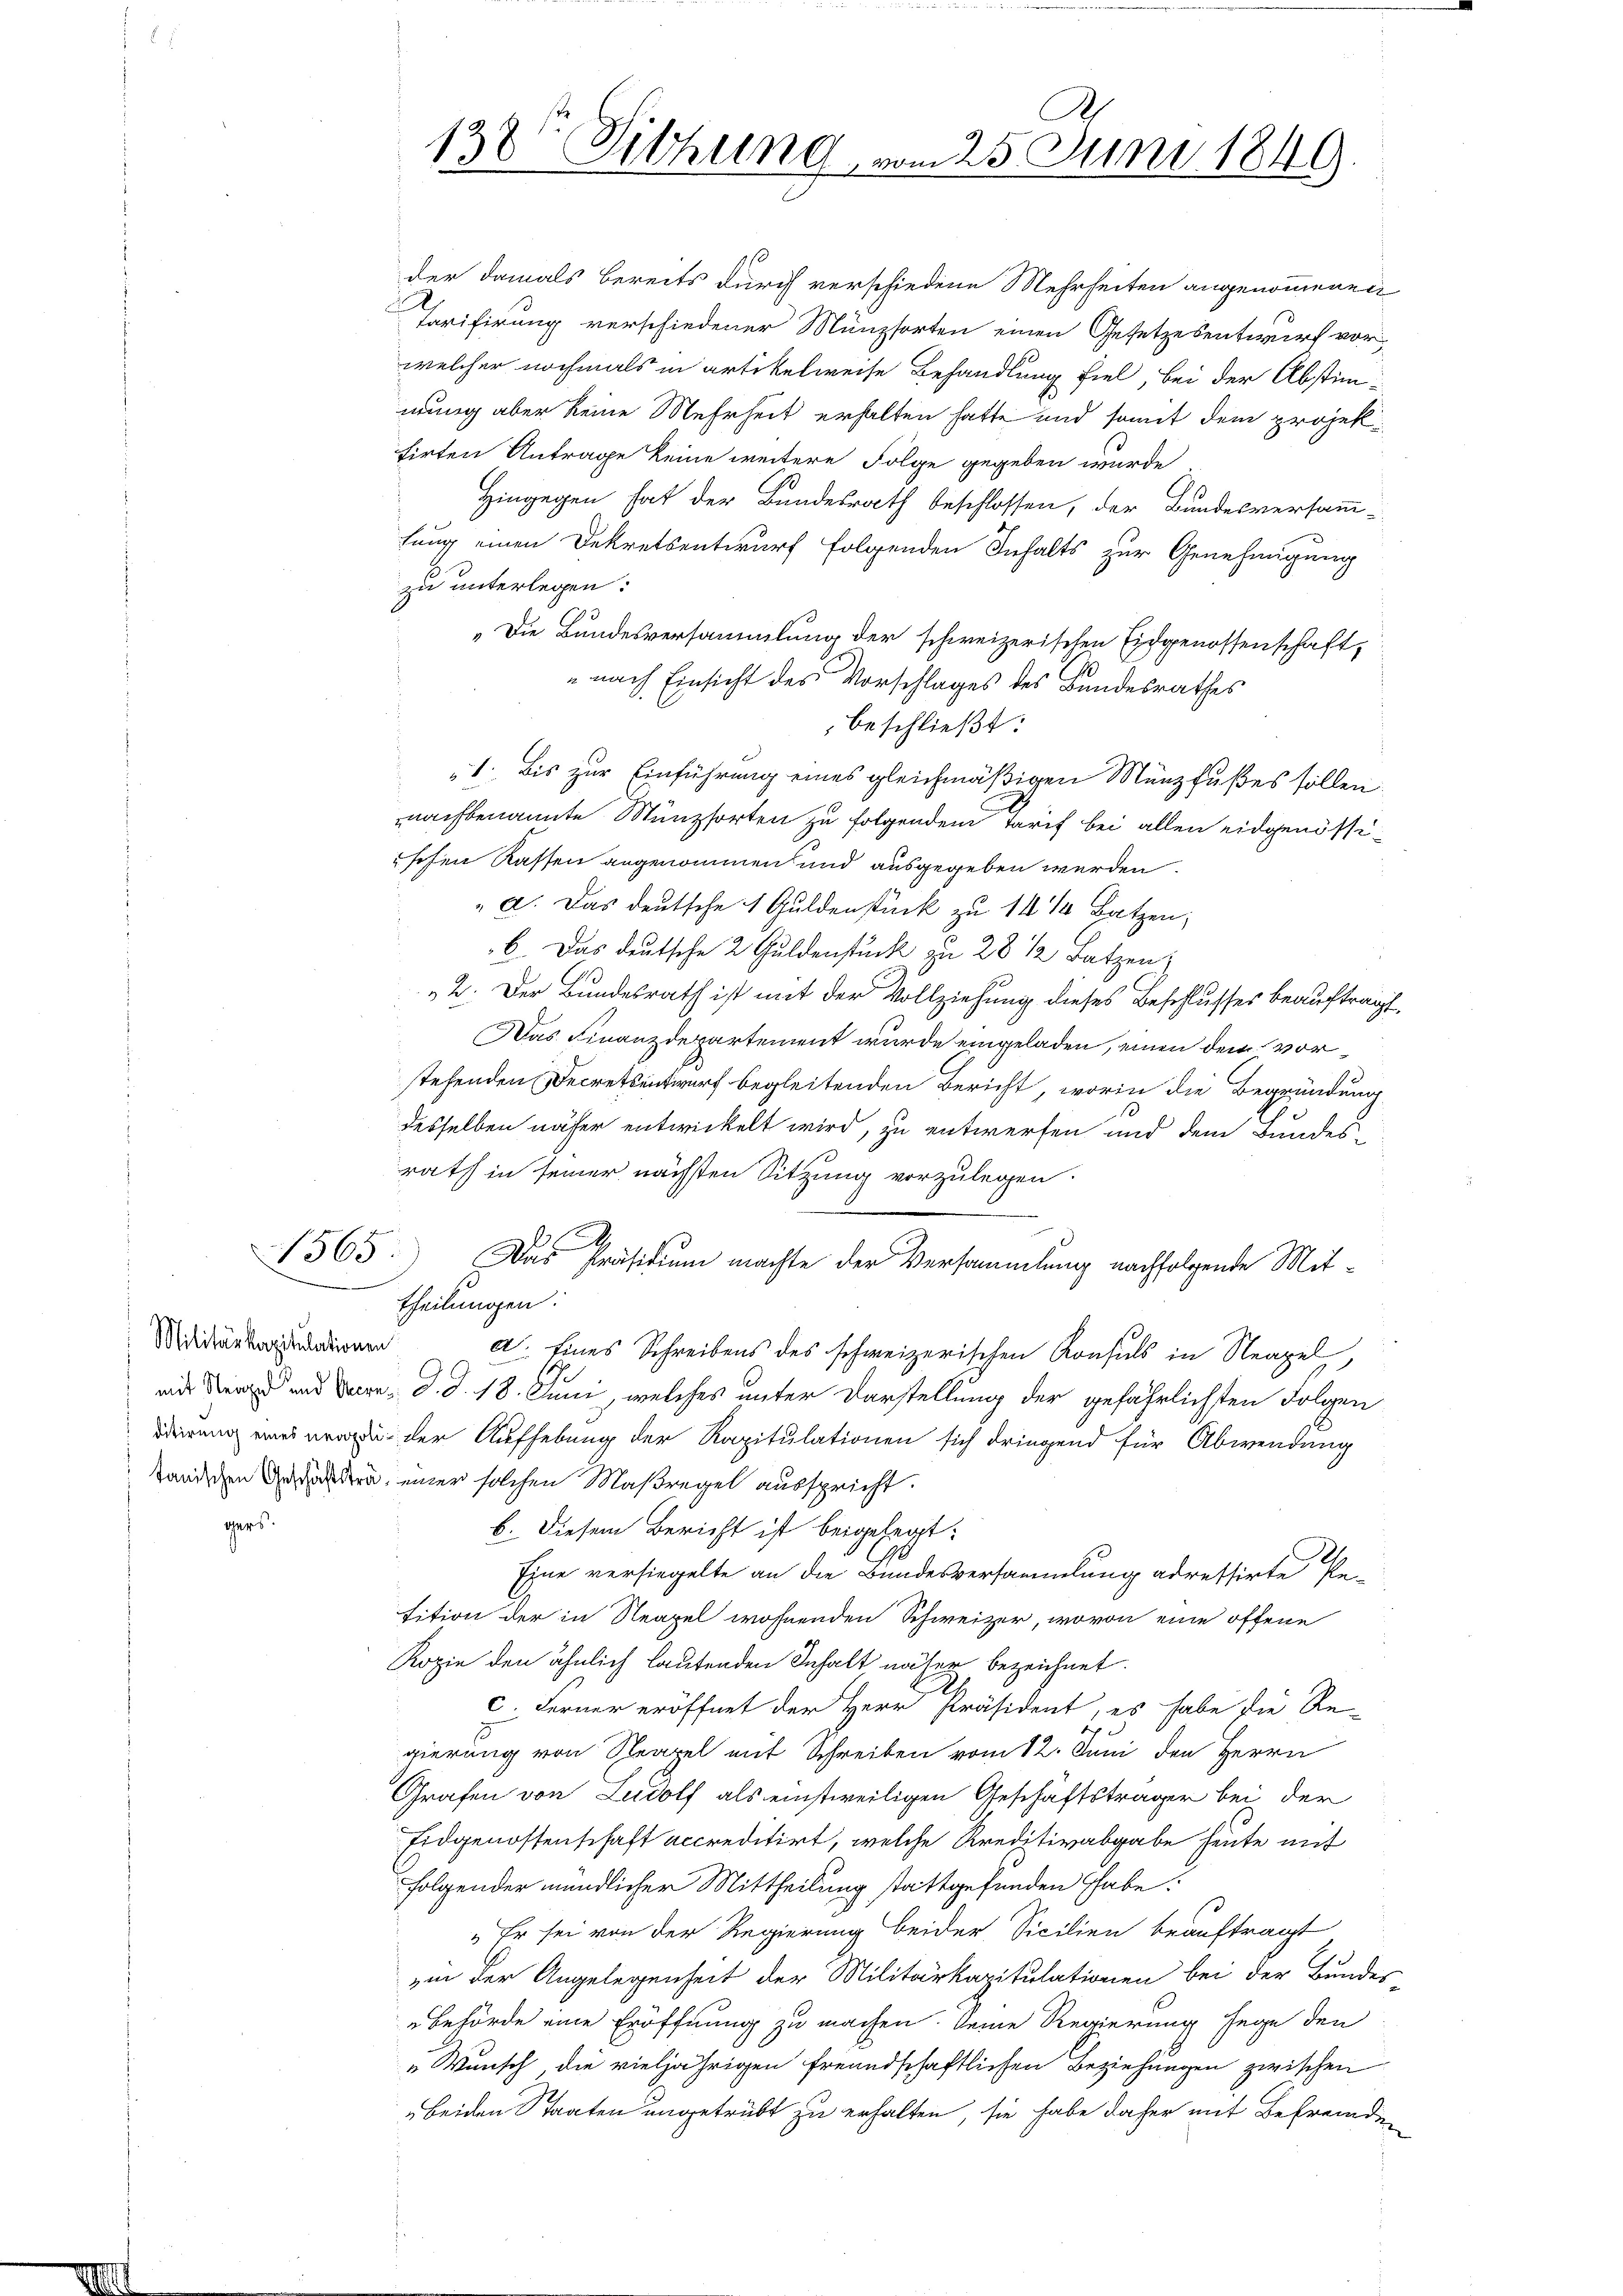
Militärkapitulationen

gers.

1565

A.
138 Sitzung vom 25. Juni 1849

der damals bereits durch verschiedene Mehrheiten angenommenen
Tarifirung verschiedener Münzsorten einen Gesetzesentwurf vor
welcher nochmals in artikelweise Behandlung fiel, bei der Abstimmung aber keine Mehrheit erhalten hatte und somit dem projektirten Antrage keine weitere Folge gegeben wurde,
Hingegen hat der Bundesrath beschlossen, der Bundesversamm-
hung einen Dekretsentwurf folgenden Inhalts zur Genehmigung
zu unterlegen:
„Die Bundesversammlung der schweizerischen Eidgenossenschaft,
nach Einsicht des Vorschlages des Bundesrathes
beschließt:
1. Bis zur Einführung eines gleichmäßigen Münzfußes sollen.
nachbenannte Münzsorten zu folgendem Tarif bei allen eidgenössischen Kassen angenommen und ausgegeben werden.
" a. Das deutsche 1 Guldenstück zu 14 ½ Batzen;
6. Das deutsche 2 Guldenstück zu 28 1/2 Batzen;
2. Der Bundesrath ist mit der Vollziehung dieses Beschlusses beauftragt,
Das Finanzdepartement wurde eingeladen, einen dem vorstehenden Decretsentwurf begleitenden Bericht, worin die Begründung
desselben näher entwickelt wird, zu entwerfen und dem Bundesrath in seiner nächsten Sitzung vorzulegen.
Das Präsidium machte der Versammlung nachfolgende Mittheilungen:
d. Eines Schreibens des schweizerischen Konsuls in Neapel,
eid der und Bern d. d. 18. Juni, welches unter Darstellung der gefährlichsten Folgen
r der Aufhebung der Kapitulationen sich dringend für Abwendung
tändischen Gehalten einer solchen Maßregel ausspricht.
b. Diesem Bericht ist beigelegt:
Eine versiegelte an die Bundesversammlung adressirte Petition der in Neapel wohnenden Schweizer, wovon eine offene
Kopie den ähnlich lautenden Inhalt näher bezeichnet.
2
c. Ferner eröffnet der Herr Präsident, es habe die Re-
gierung von Neapel mit Schreiben vom 12. Juni den Herrn
Grafen von Ludolf als einstweiligen Geschäftsträger bei der
Eidgenossenschaft accreditirt, welche Kreditivabgabe heute mit
folgender mündlicher Mittheilung stattgefunden habe
„Er sei von der Regierung beider Sicilien beauftragt
ein der Angelegenheit der Militärkapitulationen bei der Bundes
Behörde eine Eröffnung zu machen. Seine Regierung hege den
„Wunsch die vieljährigen freundschaftlichen Beziehungen zwischen
beiden Staaten ungetrübt zu erhalten, sie habe daher mit Befremden